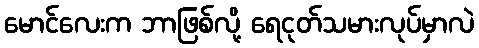
မောင်လေးက ဘာဖြစ်လို့ ရေငုတ်သမားလုပ်မှာလဲ